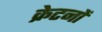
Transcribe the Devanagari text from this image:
क्रेटनों